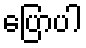
ပြောပါ